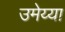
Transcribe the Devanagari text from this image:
उमेय्या